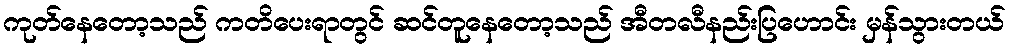
ကုတ်နေတော့သည် ကတိပေးရာတွင် ဆင်တူနေတော့သည် အီတလီနည်းပြဟောင်း မှန်သွားတယ်